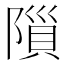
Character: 𨻨